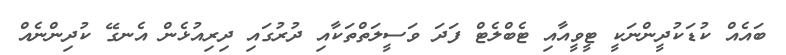
ބައެއް ކުޑަކުދީންނަކީ ޓީވީއާއި ޓެބްލެޓް ފަދަ ވަސީލަތްތަކާއި ދުރުގައި ދިރިއުޅެން އެނގޭ ކުދިންނެއް